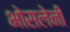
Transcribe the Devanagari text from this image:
भोसलेनी